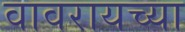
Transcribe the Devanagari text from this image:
वावरायच्या